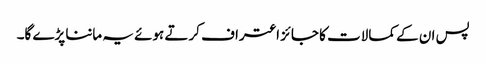
پس ان کے کمالات کا جائز اعتراف کرتے ہوئے یہ ماننا پڑے گا۔